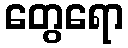
တွေရော